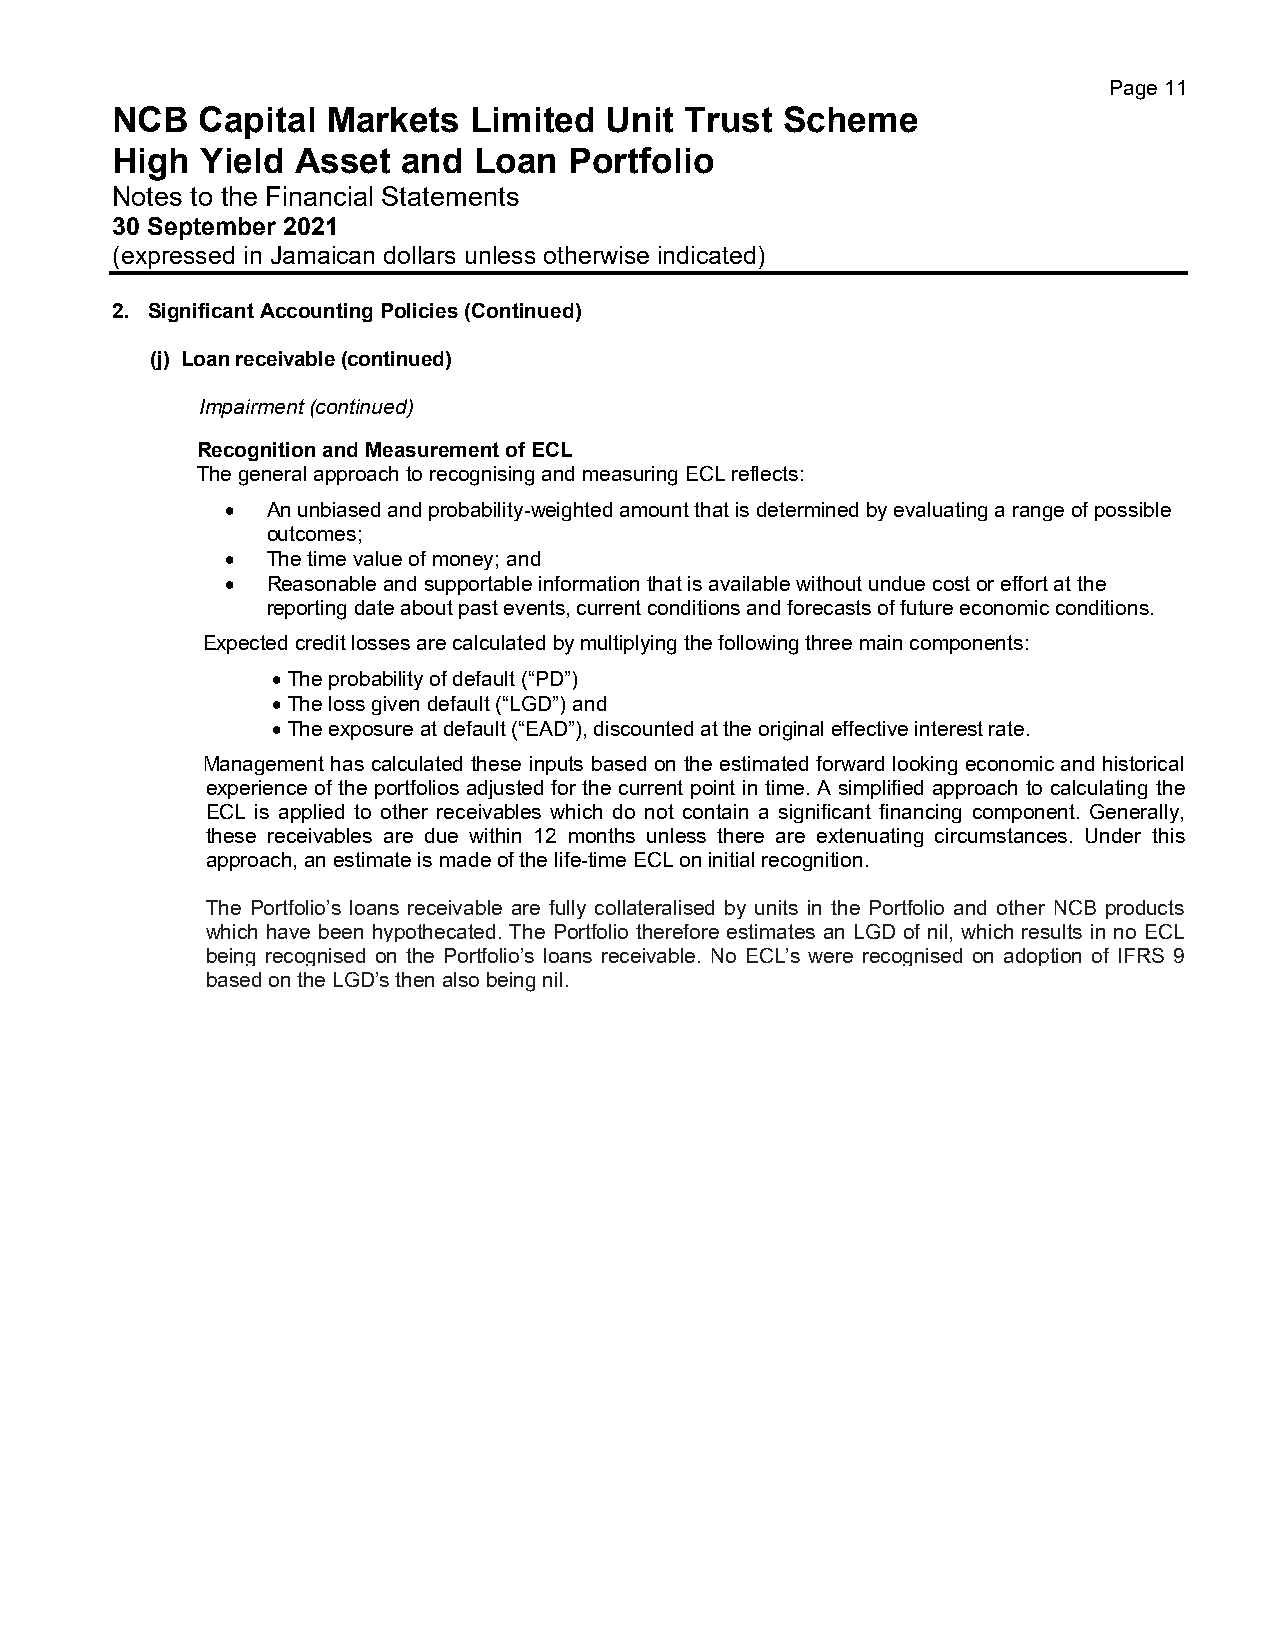
Page 11
 NCB   Capital  Markets  Limited  Unit Trust  Scheme
 High  Yield  Asset  and Loan   Portfolio
 Notes to the Financial Statements
 30 September 2021
 (expressed in Jamaican dollars unless otherwise indicated)
 2. Significant Accounting Policies (Continued)
 (j) Loan receivable (continued)
 Impairment (continued)
 Recognition and Measurement of ECL
 The general approach to recognising and measuring ECL reflects:
 •  An unbiased and probability-weighted amount that is determined by evaluating a range of possible
 outcomes;
 •  The time value of money; and
 •  Reasonable and supportable information that is available without undue cost or effort at the
 reporting date about past events, current conditions and forecasts of future economic conditions.
 Expected credit losses are calculated by multiplying the following three main components:
 •The probability of default (“PD”)
 •The loss given default (“LGD”) and
 •The exposure at default (“EAD”), discounted at the original effective interest rate.
 Management has calculated these inputs based on the estimated forward looking economic and historical
 experience of the portfolios adjusted for the current point in time. A simplified approach to calculating the
 ECL is applied to other receivables which do not contain a significant financing component. Generally,
 these receivables are due within 12 months unless there are extenuating circumstances. Under this
 approach, an estimate is made of the life-time ECL on initial recognition.
 The Portfolio’s loans receivable are fully collateralised by units in the Portfolio and other NCB products
 which have been hypothecated. The Portfolio therefore estimates an LGD of nil, which results in no ECL
 being recognised on the Portfolio’s loans receivable. No ECL’s were recognised on adoption of IFRS 9
 based on the LGD’s then also being nil.